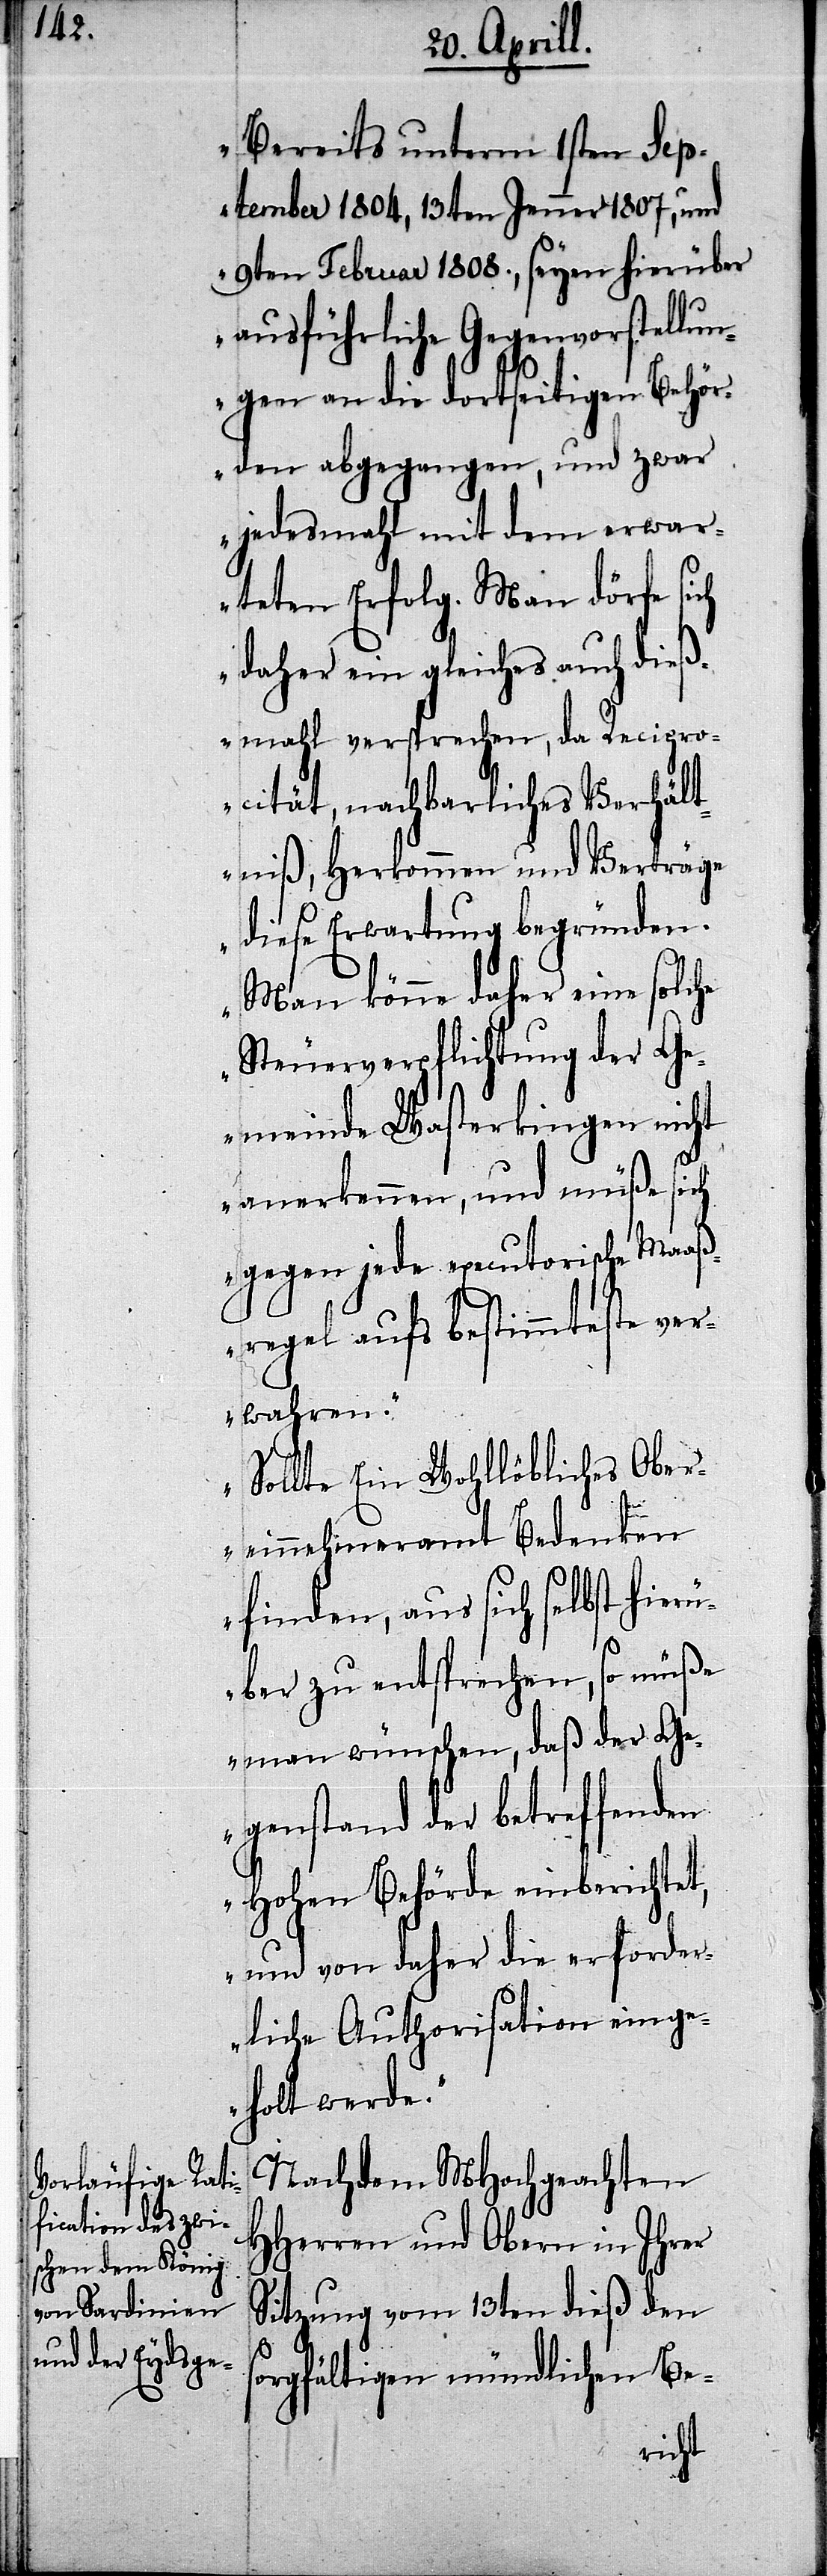
Bereits unterm 1sten Sep¬
tember 1804, 13ten Jenner 1807, und
9ten Februar 1808., seyen hierüber
ausführliche Gegenvorstellun¬
gen an die dortseitige Behör¬
den abgegangen, und zwar
jedesmahl mit dem erwar¬
teten Erfolg. Man dörfe sich
daher ein gleiches auch dieß¬
mahl versprechen, da Recipro¬
cität, nachbarliches Verhält¬
niß, Herkommen und Verträge
diese Erwartung begründen.
Man könne daher eine solche
Steuerverpflichtung der G¬
emeinde Wasterkingen nicht
anerkennen, und müße sich
aß¬
gegen jede executorisc¬
regel aufs bestimmteste ver¬
wahren.
Sollte Ein Wohllöbliches Ober¬
einnehmeramt Bedenken
finden, aus sich selbst hier¬
über zu entsprechen, so müß
man wünschen, daß der Ge¬
genstand der betreffenden
Hohen Behörde einberichtet,
und von daher die erforder¬
liche Authorisation einge¬
holt werde.“
Nachdem MHochgeachten
HHerren und Obern in Ihrer
Sitzung vom 13ten dieß den
sorgfältigen mündlichen Be-